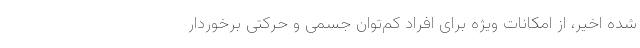
شده اخیر، از امکانات ویژه برای افراد کم‌توان جسمی و حرکتی برخوردار